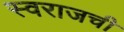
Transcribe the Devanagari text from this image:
स्वराजची